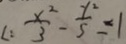
c : \frac { x ^ { 2 } } { 3 } - \frac { y ^ { 2 } } { 5 } = 1